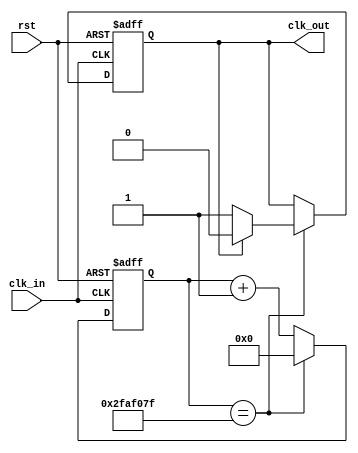
`timescale 1ns / 1ps
`default_nettype none //helps catch typo-related bugs
//////////////////////////////////////////////////////////////////////////////////
// 
// CS 141 - Fall 2015
// Module Name:    clk_divider 
// Author(s): 
// Description: 
//
//
//////////////////////////////////////////////////////////////////////////////////
module clk_divider(clk_in, rst, clk_out);

	//parameter definitions
	parameter N = 32;

	//port definitions - customize for different bit widths
	input wire clk_in;
	input wire rst;
	output reg clk_out;
	
	reg[N-1:0] r_count;	//internal counter
	
	always @(posedge clk_in, posedge rst)	//activate on reset and clk_in
	begin
		if(rst) begin	//when reset hit reset all things back
			r_count <= 0;
			clk_out <= 0;
		end
		else if(r_count == 32'd49999999) begin	//count up to 500 ms
			if(clk_out == 1) 	//switch clock direction
				clk_out <= 0;
			else
				clk_out <= 1;
			r_count <= 0;
		end
		else begin		//count up internal counter
			r_count <= r_count + 1;
		end
	end
	
	
endmodule
`default_nettype wire //some Xilinx IP requires that the default_nettype be set to wire